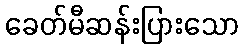
ခေတ်မီဆန်းပြားသော